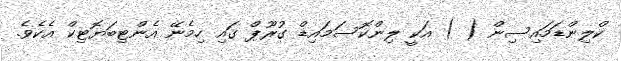
ކްލިންޑަމައިސިން ( ) އަކީ ލިންކޮސަމައިޑް ގުރޫޕް ގައި ހިމެނޭ އެންޓިބަޔޮޓިކް އެކެވެ.